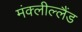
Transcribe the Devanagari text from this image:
मंक्लील्लैंड